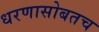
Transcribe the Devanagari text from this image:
धरणासोबतच